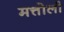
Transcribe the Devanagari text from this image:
मत्तोली